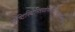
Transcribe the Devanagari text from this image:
सृष्टिस्थिस्तिध्वंसनिग्रहानुग्रहात्मकम्